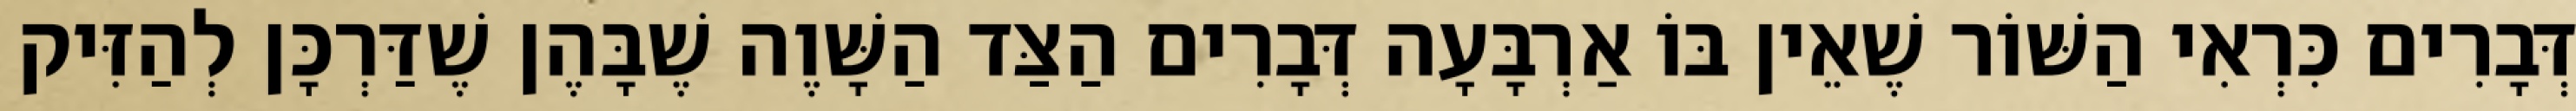
דְּבָרִים כִּרְאִי הַשּׁוֹר שֶׁאֵין בּוֹ אַרְבָּעָה דְּבָרִים הַצַּד הַשָּׁוֶה שֶׁבָּהֶן שֶׁדַּרְכָּן לְהַזִּיק